Report on the bubonic plague in Bombay, 1896-1897
Year: 1896
Disease focus: Plague
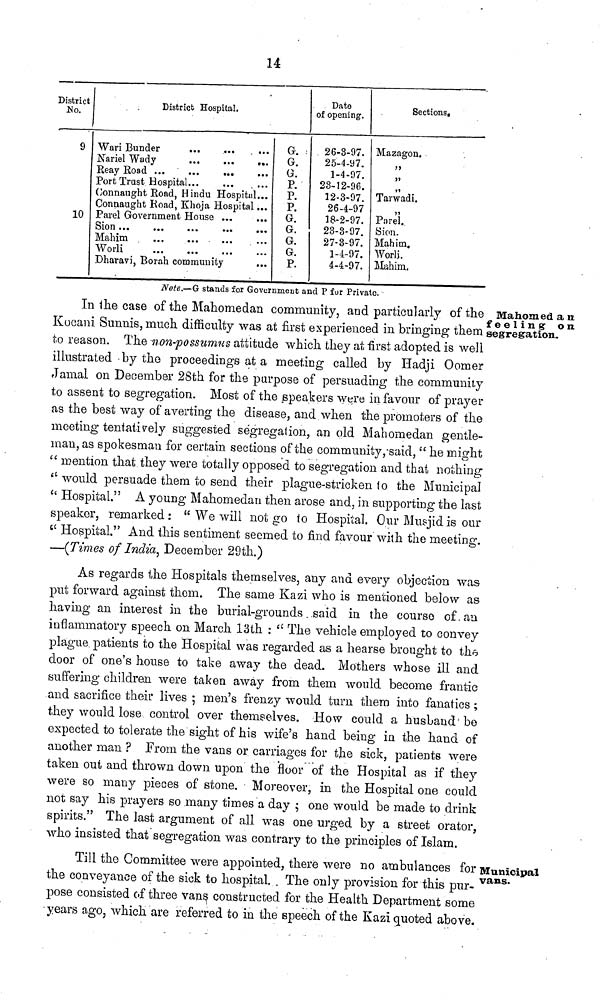
14
District
No.
9
10
District Hospital.
Wari Bunder
...
...
...
Nariel Wady
...
...
...
Reay Road
...
...
...
...
Port Trust Hospital ...
... ...
Connaught Road, Hindu Hospital...
Connaught Road, Khoja Hospital...
Parel Government House ... ...
Sion ... ... ... ... ...
Mahim ... ... ... ... ...
Worli
...
...
...
...
...
Dharavi, Borah community ...
G.
G.
G.
P.
P.
P.
G.
G.
G.
G.
P.
Date
of opening.
26-3-97.
25-4-97.
1-4-97.
23-12-96.
12-3-97.
26-4-97
18-2-97.
23-3-97.
27-3-97.
1-4-97.
4-4-97.
Sections.
Mazagon.
"
"
"
Tarwadi.
"
Parel.
Sion.
Mahim.
Worli.
Mahim.
Note.—G stands for Government and P for Private.
Mahomed an
feeling on
segregation.
In the case of the Mahomedan community, and particularly of the
Kucani Sunnis, much difficulty was at first experienced in bringing them
to reason. The non-possumus attitude which they at first adopted is well
illustrated by the proceedings at a meeting called by Hadji Oomer
Jamal on December 28th for the purpose of persuading the community
to assent to segregation. Most of the speakers were in favour of prayer
as the best way of averting the disease, and when the promoters of the
meeting tentatively suggested segregation, an old Mahomedan gentle-
man, as spokesman for certain sections of the community, said, "he might
"mention that they were totally opposed to segregation and that nothing
"would persuade them to send their plague-stricken to the Municipal
"Hospital." A young Mahomedan then arose and, in supporting the last
speaker, remarked : " We will not go to Hospital. Our Musjid is our
"Hospital." And this sentiment seemed to find favour with the meeting.
—(Times of India, December 29th.)
As regards the Hospitals themselves, any and every objection was
put forward against them. The same Kazi who is mentioned below as
having an interest in the burial-grounds said in the course of an
inflammatory speech on March 13th : "The vehicle employed to convey
plague patients to the Hospital was regarded as a hearse brought to the
door of one's house to take away the dead. Mothers whose ill and
suffering children were taken away from them would become frantic
and sacrifice their lives ; men's frenzy would turn them into fanatics ;
they would lose control over themselves. How could a husband be
expected to tolerate the sight of his wife's hand being in the hand of
another man ? From the vans or carriages for the sick, patients were
taken out and thrown down upon the floor of the Hospital as if they
were so many pieces of stone. Moreover, in the Hospital one could
not say his prayers so many times a day ; one would be made to drink
spirits." The last argument of all was one urged by a street orator,
who insisted that segregation was contrary to the principles of Islam.
Municipal
vans.
Till the Committee were appointed, there were no ambulances for
the conveyance of the sick to hospital. The only provision for this pur-
pose consisted of three vans constructed for the Health Department some
years ago, which are referred to in the speech of the Kazi quoted above.